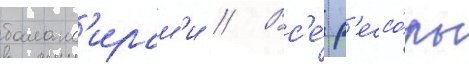
баланс'ирам'и // Вс'е́ р'ессо́ры